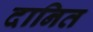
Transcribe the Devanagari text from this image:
दानित